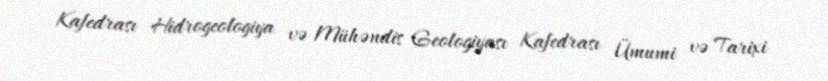
Kafedrası Hidrogeologiya və Mühəndis Geologiyası Kafedrası Ümumi və Tarixi